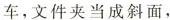
车，文件夹当成斜面，